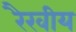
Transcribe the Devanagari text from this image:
रैखीय